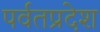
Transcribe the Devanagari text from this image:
पर्वतप्रदेश